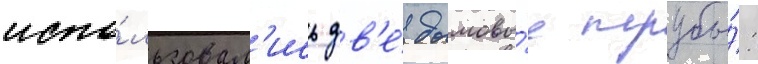
испо́льзовал'ись дв'е́ дымовы́е трубы́: